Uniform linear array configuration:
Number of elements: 4
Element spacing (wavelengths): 1
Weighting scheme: exponential
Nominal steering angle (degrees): -60
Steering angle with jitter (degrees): -60.74
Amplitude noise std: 0.05
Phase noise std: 0.05

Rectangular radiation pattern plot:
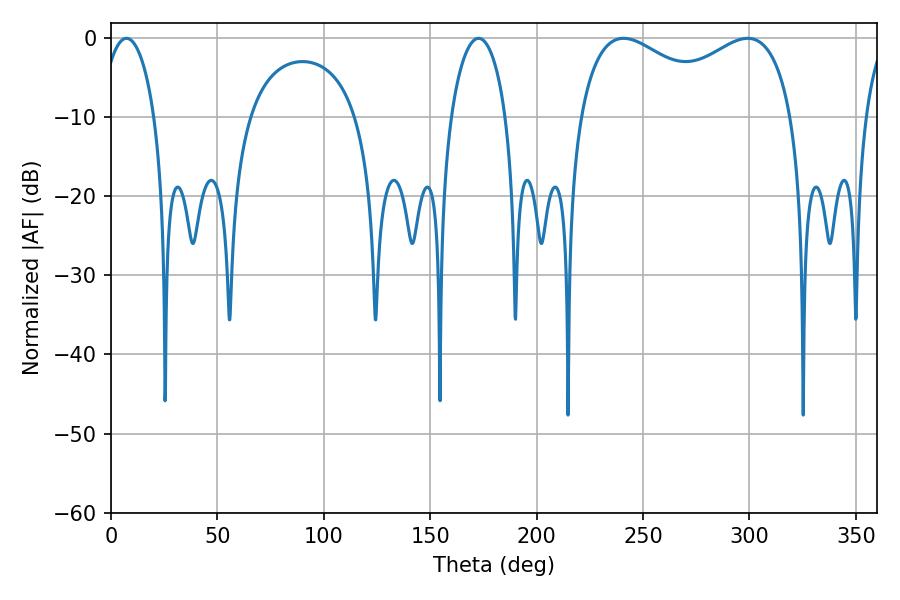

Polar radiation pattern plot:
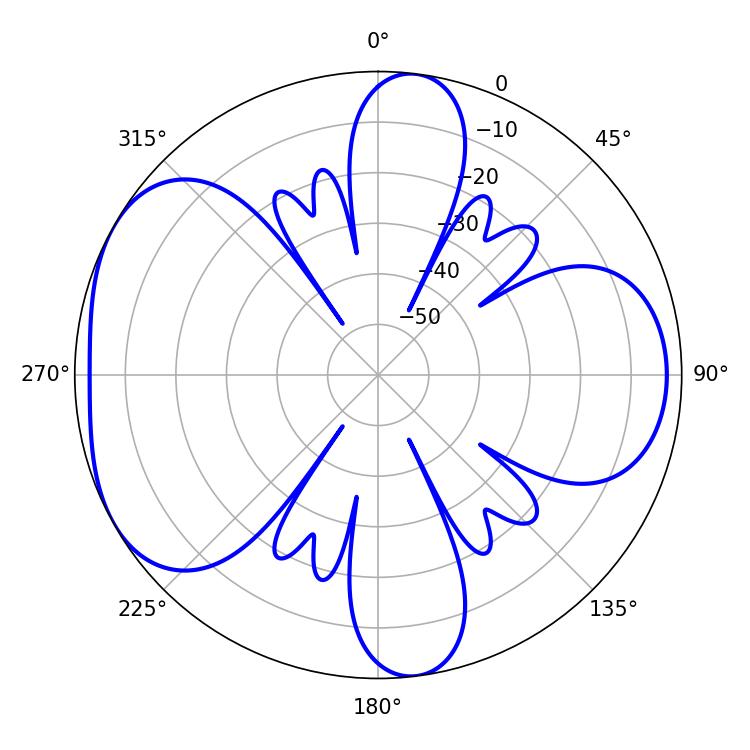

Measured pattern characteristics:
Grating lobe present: TRUE
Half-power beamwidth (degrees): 83.52
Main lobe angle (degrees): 240.84